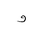
Letter: _waw